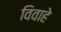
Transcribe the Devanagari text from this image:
विवाहे